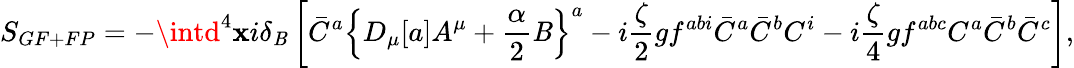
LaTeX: S_{GF+FP}=-\intd^{4}\mathbf{x}i\delta_{\mathit{B}}\left[\bar{{C}}^{a}\left\{ D_{\mu}[a]A^{\mu}+{\frac{{\alpha}}{{2}}}\mathit{B}\right\} ^{a}-i{\frac{{\zeta}}{{2}}}gf^{abi}\bar{{C}}^{a}\bar{{C}}^{b}C^{i}-i{\frac{{\zeta}}{{4}}}gf^{abc}C^{a}\bar{{C}}^{b}\bar{{C}}^{c}\right],